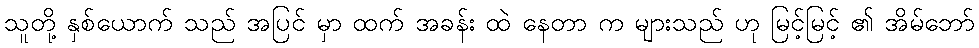
သူတို့ နှစ်ယောက် သည် အပြင် မှာ ထက် အခန်း ထဲ နေတာ က များသည် ဟု မြင့်မြင့် ၏ အိမ်ဘော်